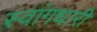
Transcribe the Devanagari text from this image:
स्वांगधारी